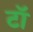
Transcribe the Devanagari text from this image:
टॉ